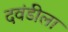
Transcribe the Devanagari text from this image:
दवंडीला